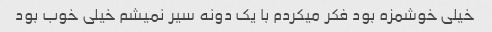
خیلی خوشمزه بود فکر میکردم با یک دونه سیر نمیشم خیلی خوب بود